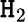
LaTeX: \mathtt{H}_{2}